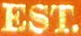
EST.